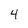
Character: 4